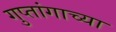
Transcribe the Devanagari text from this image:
गुप्तांगाच्या